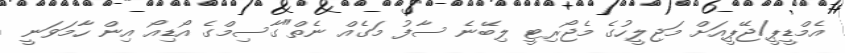
އެމްޑީޕީ/ޖޭޕީއަށް މަޖިލީހުގެ މެޖޯރިޓީ ލިބޭނެ ސާފު މަގެއް ނެތް"ގާސިމްގެ އޯޑިއޯ އިން ހާމަވަނީ